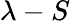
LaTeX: \lambda-S